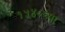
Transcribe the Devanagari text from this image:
१५४०च्या